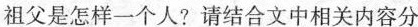
祖父是怎样一个人？请结合文中相关内容分